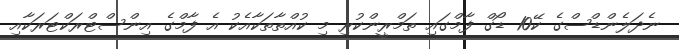
ނެދަލެންޑްސްގެ ކޭ10 ޑޯގް ފާމްގައި ތަމްރީންކުރި މި ކުއްތާތަކާއެކު އެ ފާމްގެ އިންސްޓްރަކްޓަރަކާއި